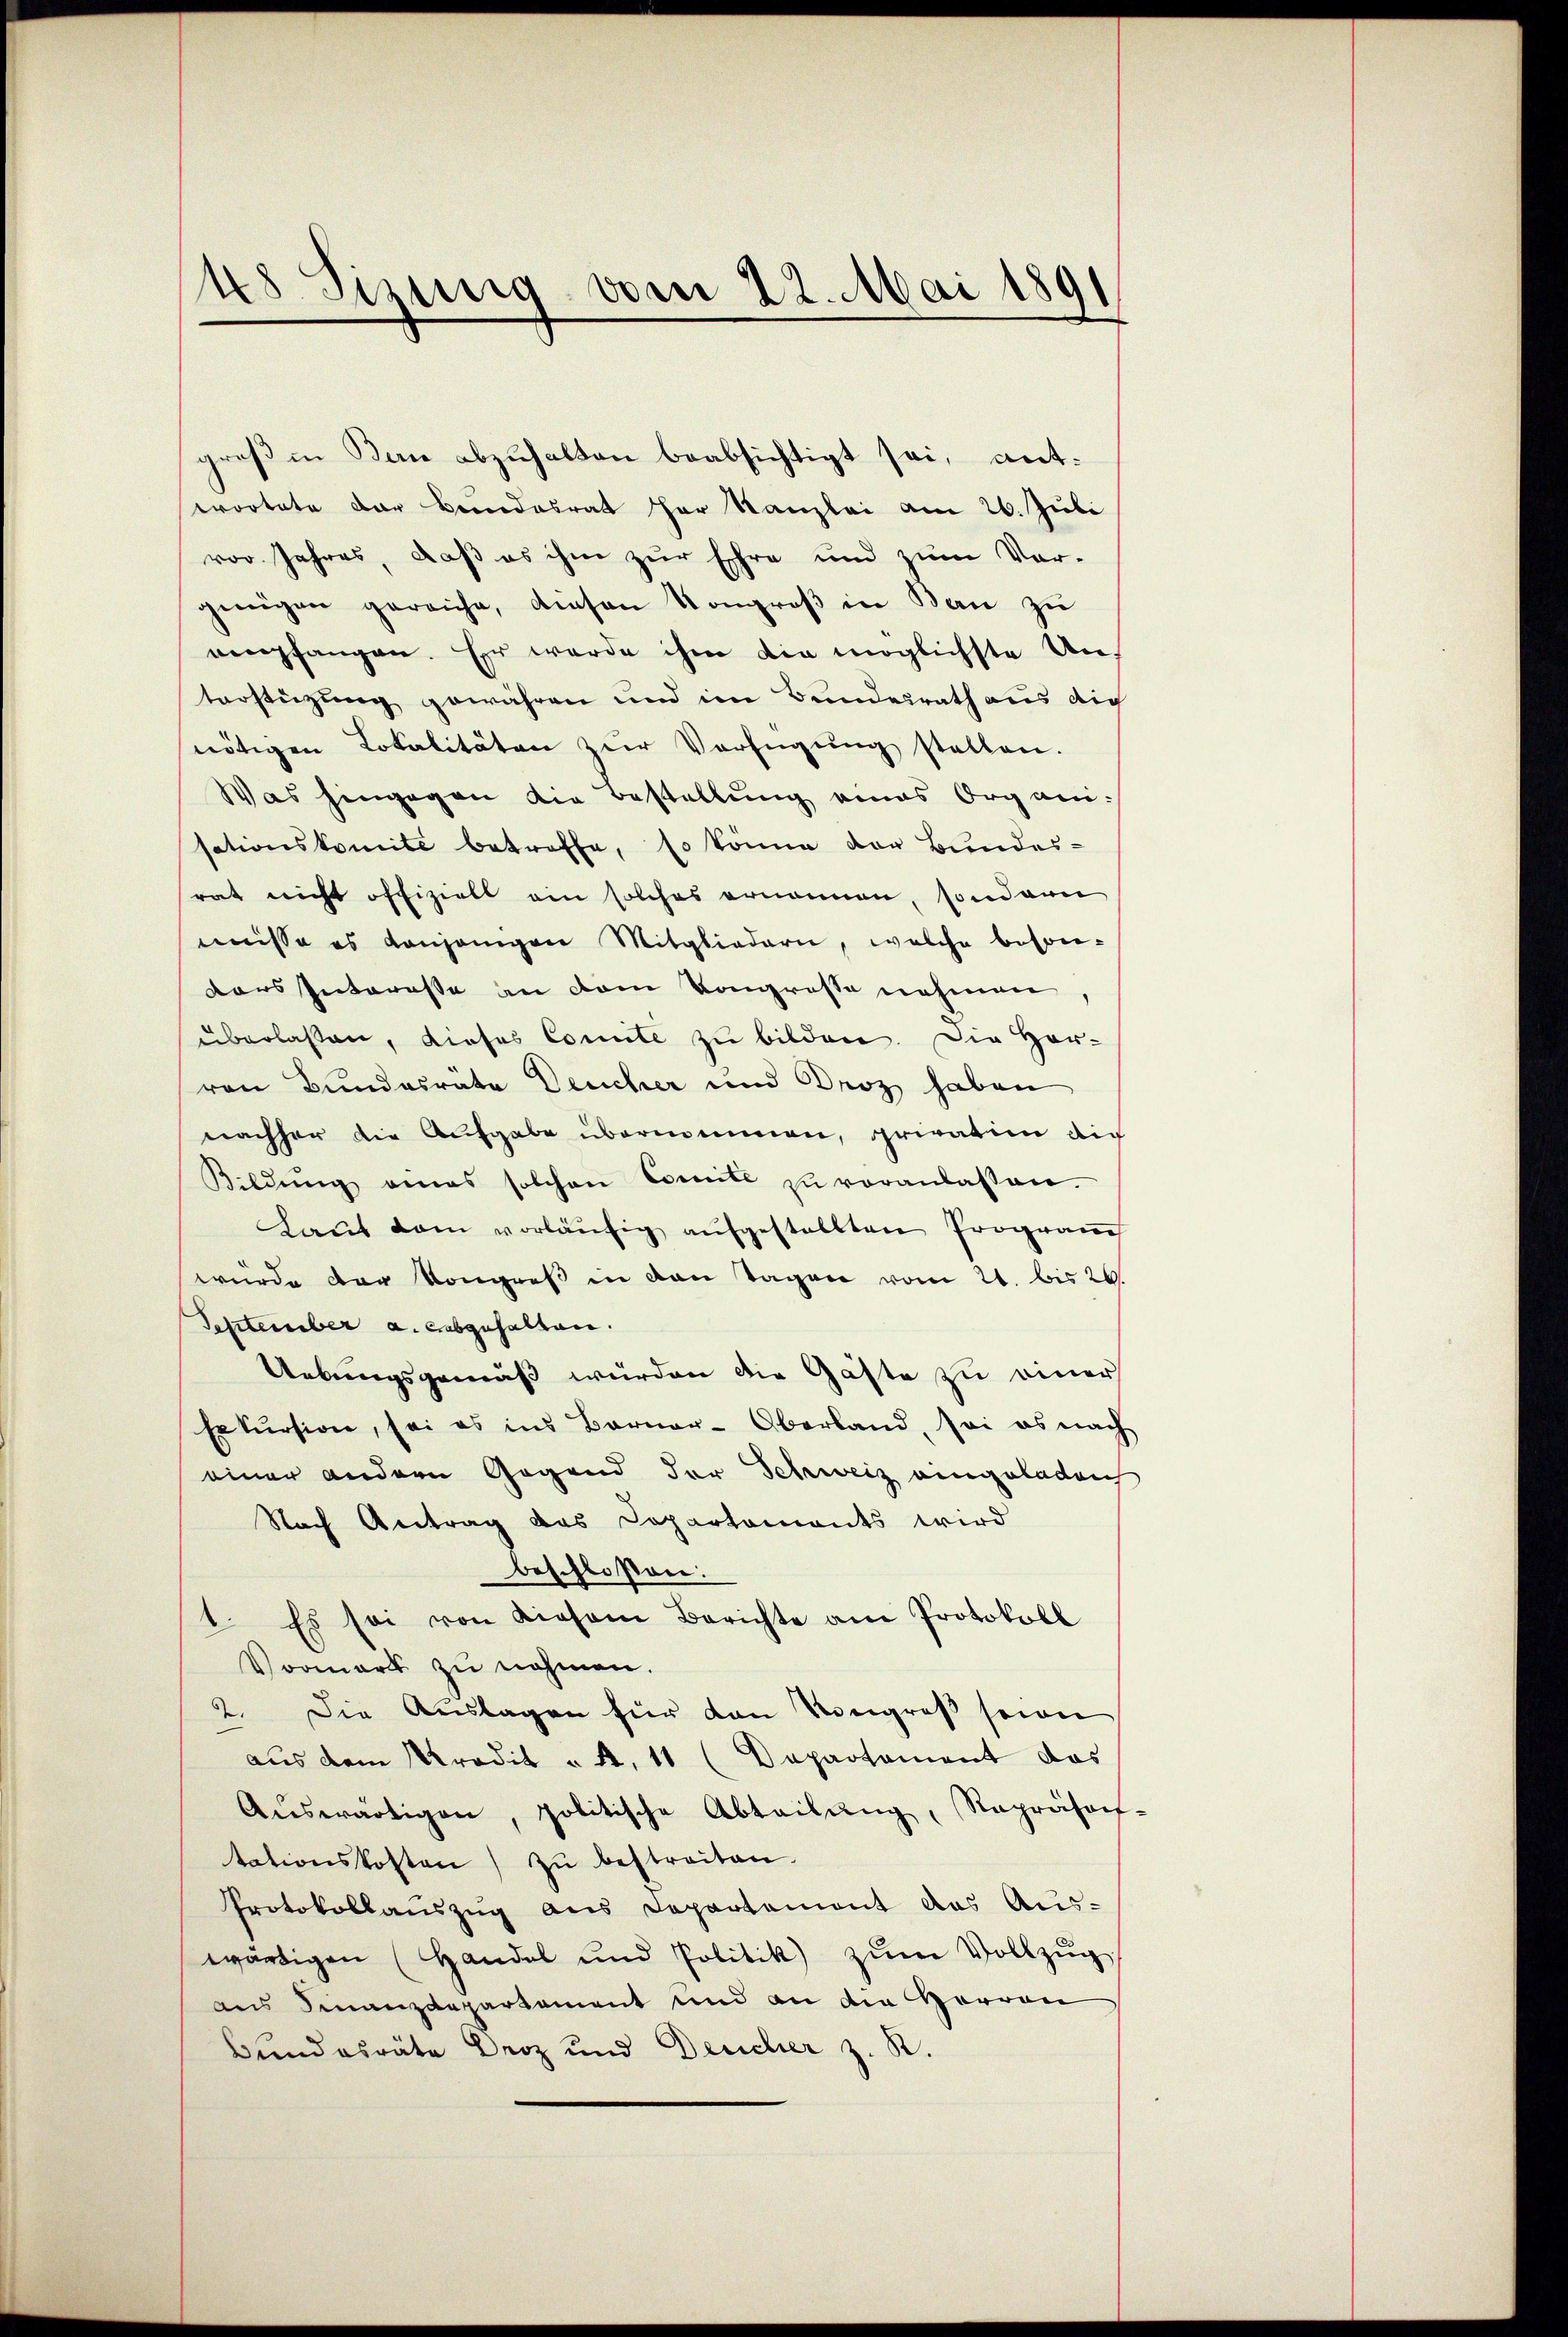
48 Sizung vom 22. Mai 1891

groß in Bau abzuhalten beabsichtigt sei, antwortete der Beundesrat her Kanzlei am 26. Juli
vor Jahres, daß es ihm zur Ehre und zum Vor-
ginigen gereiche, diesen Kongroβ in Bern zŭ
eempfangen. Er wurde ihm die möglichste Unterstüzung gewähren und im Bundesrath aus dich
nötigen Lokalitäten zŭr Verfügŭng stellen.
Was hingegen die bestellung eines Organisationskomite betroffe, so könne der Bundes-
rat nicht offizielt ein solches ernennen, sondern
müsse es denjenigen Mitgliedern, welche beson-
vars Interesse an dem Kongrosse nehmen
überlaßen, dieses Connte zu bilden. Die Her-
von Bundesräte Deucher und Droz haben
nachher die Aufgabe übernommen, privation auch
Bildŭng eines solchen Comite zŭ veranlassen.
Laut dem vorläŭfig aufgestellten Programe
wurde der Kongreß in den Tagen vom 21. bis 26.
September a. abgehalten.
Uebungsgemäß wurden die Gäste zu einer
Exkursion, sei es ins Barner-Oberland, sei es nach
einer andern Gegend der Schweiz eingeladen
Nach Antrag das Departaments wird
beschloßen:
1. Es sei von diesem Berichte am Protokoll
Vormark zŭ nehmen.
2. Die Auslagen für den Kongreß seien
aus dem Kredit à 4. 11 (Dapartament das
Aŭswärtigen, politische Abteilŭng, Repräsoch
tationskosten zŭ bestreiten.
Protokollauszug aus Departement das Aus-
wärtigen (Handel und Politik zŭm Vollzŭg
aus Finanzdepartament und an die Herren
Bundesräte Droz und Deucher z. R.

e